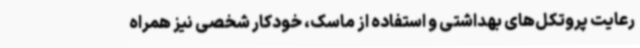
رعایت پروتکل‌های بهداشتی و استفاده از ماسک، خودکار شخصی نیز همراه